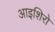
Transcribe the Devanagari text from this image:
आइशिरो